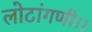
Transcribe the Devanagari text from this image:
लोटांगणी।।